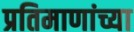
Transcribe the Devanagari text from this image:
प्रतिमाणांच्या